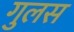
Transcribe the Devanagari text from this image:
गुलस